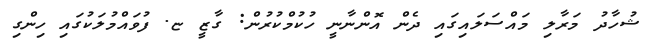
ޝުހާދު މަރާލި މައްސަލައިގައި ދެން އޮންނާނީ ހުކުމްކުރުން: ގާޒީ ޏ. ފުވައްމުލަކުގައި ހިންގި